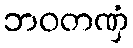
ဘဝတဏှံ